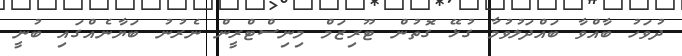
ދުވަހު ބާއްވާ ބައްދަލުވުމާ ގުޅޭ ގޮތުން ޓޫރިޒަމް މިނިސްޓްރީން ނެރުނު ބަޔާނެއްގައި ބުނީ